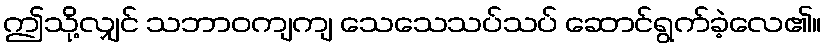
ဤသို့လျှင် သဘာဝကျကျ သေသေသပ်သပ် ဆောင်ရွက်ခဲ့လေ၏။